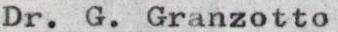
Dr. G. Granzotto